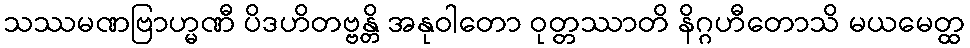
သဿမဏဗြာဟ္မဏီ ပိဒဟိတဗ္ဗန္တိ အနုဝါတော ဝုတ္တဿာတိ နိဂ္ဂဟီတောသိ မယမေတ္ထ